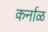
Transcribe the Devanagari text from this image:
कर्नाळ